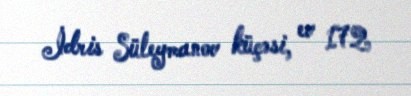
İdris Süleymanov küçəsi, ev 172